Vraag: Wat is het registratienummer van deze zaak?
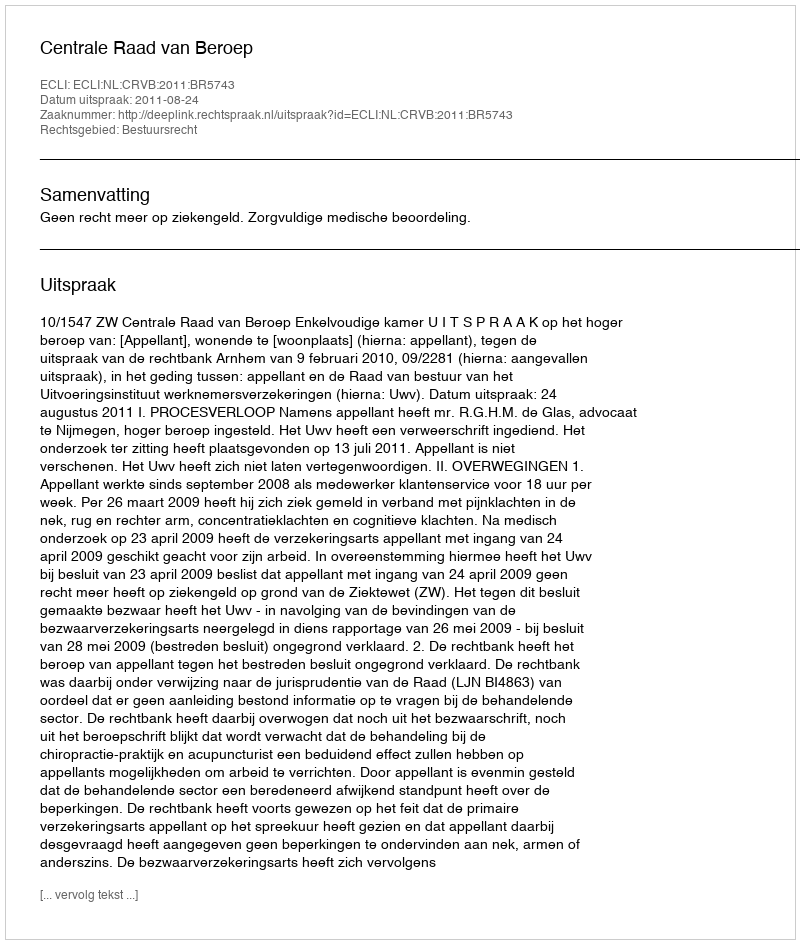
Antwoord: http://deeplink.rechtspraak.nl/uitspraak?id=ECLI:NL:CRVB:2011:BR5743